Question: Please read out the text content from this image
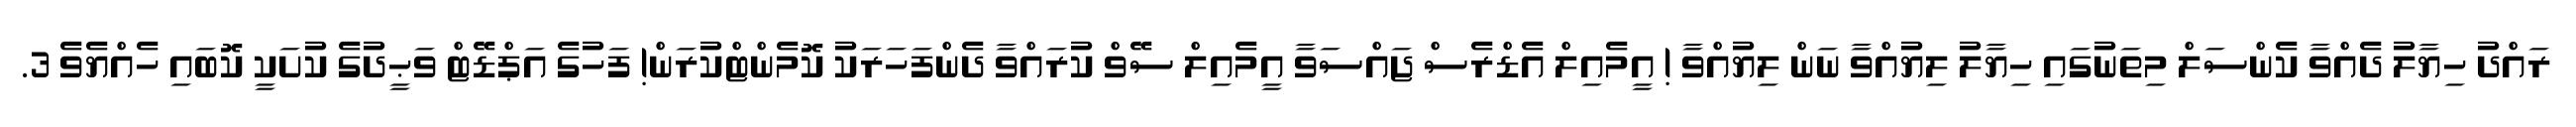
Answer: ރައްދު ހިޔާލު ދެއްވާ ކެންސަލް މިތަނުގައި ހިޔާލު ލިޔުއްވާ ނަން ލިޔުއްވާ ! އީމެއިލް އެޑްރެސް ޖައްސަވާ އީމެއިލް ސޭވް ކުރައްވާ ދެންފަހަރަކު ކޮމެންޓްކުރަން! ފަހުގެ އަޕްޑޭޓް ވަޙީދުގެ ކުށަކީ ކޮބައި ހެއްޔެވެ 3.